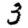
Digit: 3